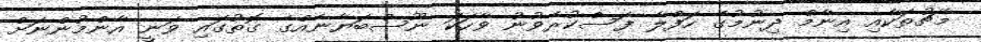
މެޗުތަކާއި އިނާމް ދިނުމުގެ ހަފްލާ ފަސްކުރެވުނު ވާހަކަ ނޫސްބަޔާނެއްގެ ގޮތުގައި ވަނީ އާންމުންނަށް